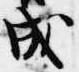
成